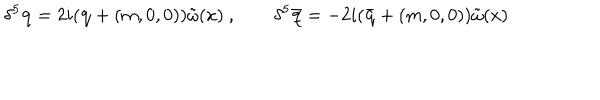
\delta ^ { 5 } { \mathbf q } = 2 i ( { \mathbf q } + ( m , 0 , 0 ) ) \tilde { \omega } ( x ) \ , \qquad \delta ^ { 5 } { \mathbf { \bar { q } } } = - 2 i ( { \mathbf { \bar { q } } } + ( m , 0 , 0 ) ) \tilde { \omega } ( x )